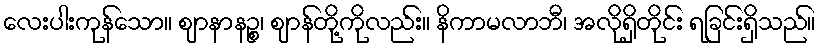
လေးပါးကုန်သော။ ဈာနာနဉ္စ၊ ဈာန်တို့ကိုလည်း။ နိကာမလာဘီ၊ အလိုရှိတိုင်း ရခြင်းရှိသည်။